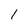
Character: l